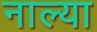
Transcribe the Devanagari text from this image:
नाल्या